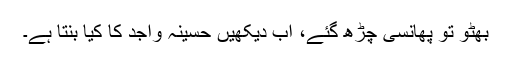
بھٹو تو پھانسی چڑھ گئے، اب دیکھیں حسینہ واجد کا کیا بنتا ہے۔